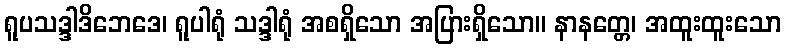
ရူပသဒ္ဒါဒိဘေဒေ၊ ရူပါရုံ သဒ္ဒါရုံ အစရှိသော အပြားရှိသော။ နာနတ္တေ၊ အထူးထူးသော